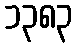
၁၃၈၃